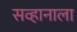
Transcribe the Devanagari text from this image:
सव्हानाला